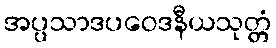
အပ္ပသာဒပဝေဒနီယသုတ္တံ